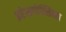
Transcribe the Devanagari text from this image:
इरेसपोन्सिबल